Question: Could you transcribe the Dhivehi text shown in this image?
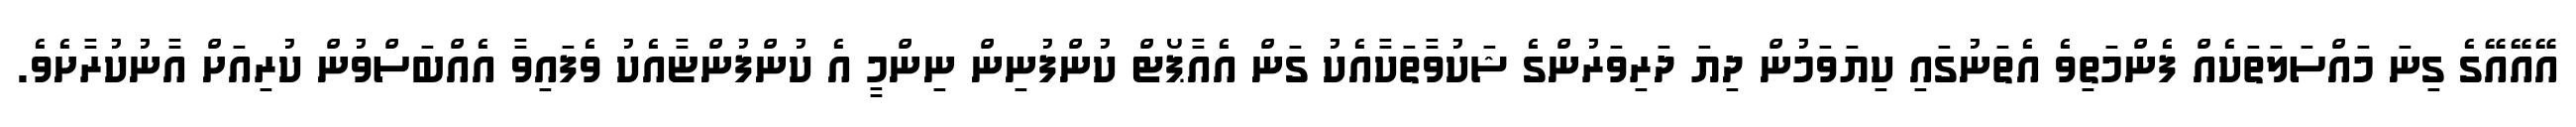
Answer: އޭއޭއޭގެ ގިނަ މައްސަލަތަކެއް ފެންމަތިވެ އެތަނުގައި ކިޔަވަމުން ދިޔަ ދަރިވަރުންގެ ޝަކުވާތަކާއެކު ގަން އެއާޕޯޓް ކުންފުނިން ނިންމީ އެ ކުންފުންޏާއެކު ވެފައިވާ އެއްބަސްވުން ކުރިއަށް އާނުކުރާށެވެ.